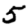
Digit: 5